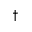
^ \dag